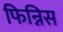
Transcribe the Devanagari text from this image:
फिन्निस